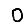
Digit: 0